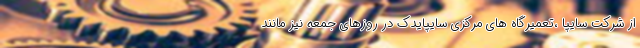
از شرکت سایپا ،تعمیرگاه های مرکزی سایپایدک در روزهای جمعه نیز مانند